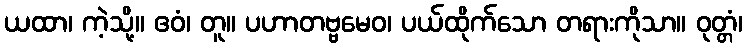
ယထာ၊ ကဲ့သို့။ ဧဝံ၊ တူ။ ပဟာတဗ္ဗမေဝ၊ ပယ်ထိုက်သော တရားကိုသာ။ ဝုတ္တံ၊